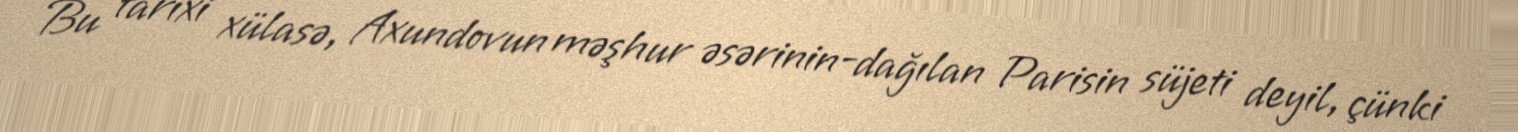
Bu tarixi xülasə, Axundovun məşhur əsərinin-dağılan Parisin süjeti deyil, çünki